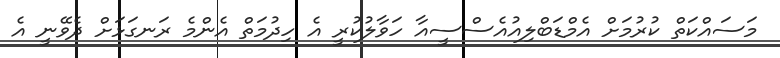
މަސައްކަތް ކުރުމަށް އެމްޑަބްލިއުއެސްސީއާ ހަވާލުކުރީ އެ ހިދުމަތް އެންމެ ރަނގަޅަށް ދެވޭނީ އެ